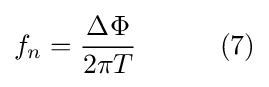
f_{n}={\frac {\Delta \Phi }{2\pi T}}\qquad \quad (7)